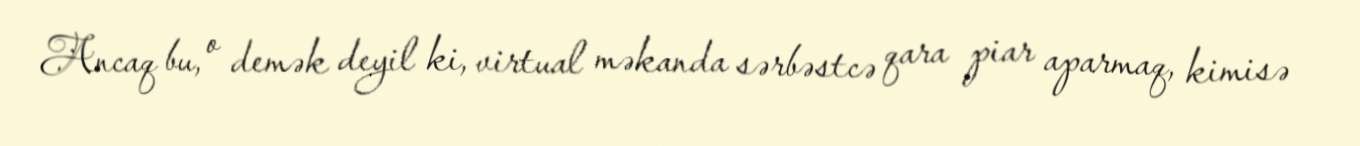
Ancaq bu, o demək deyil ki, virtual məkanda sərbəstcə qara piar aparmaq, kimisə